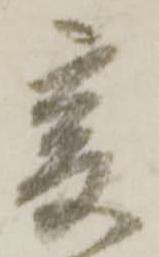
爰